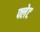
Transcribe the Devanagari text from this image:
फ्लेट